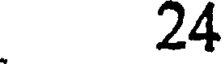
24